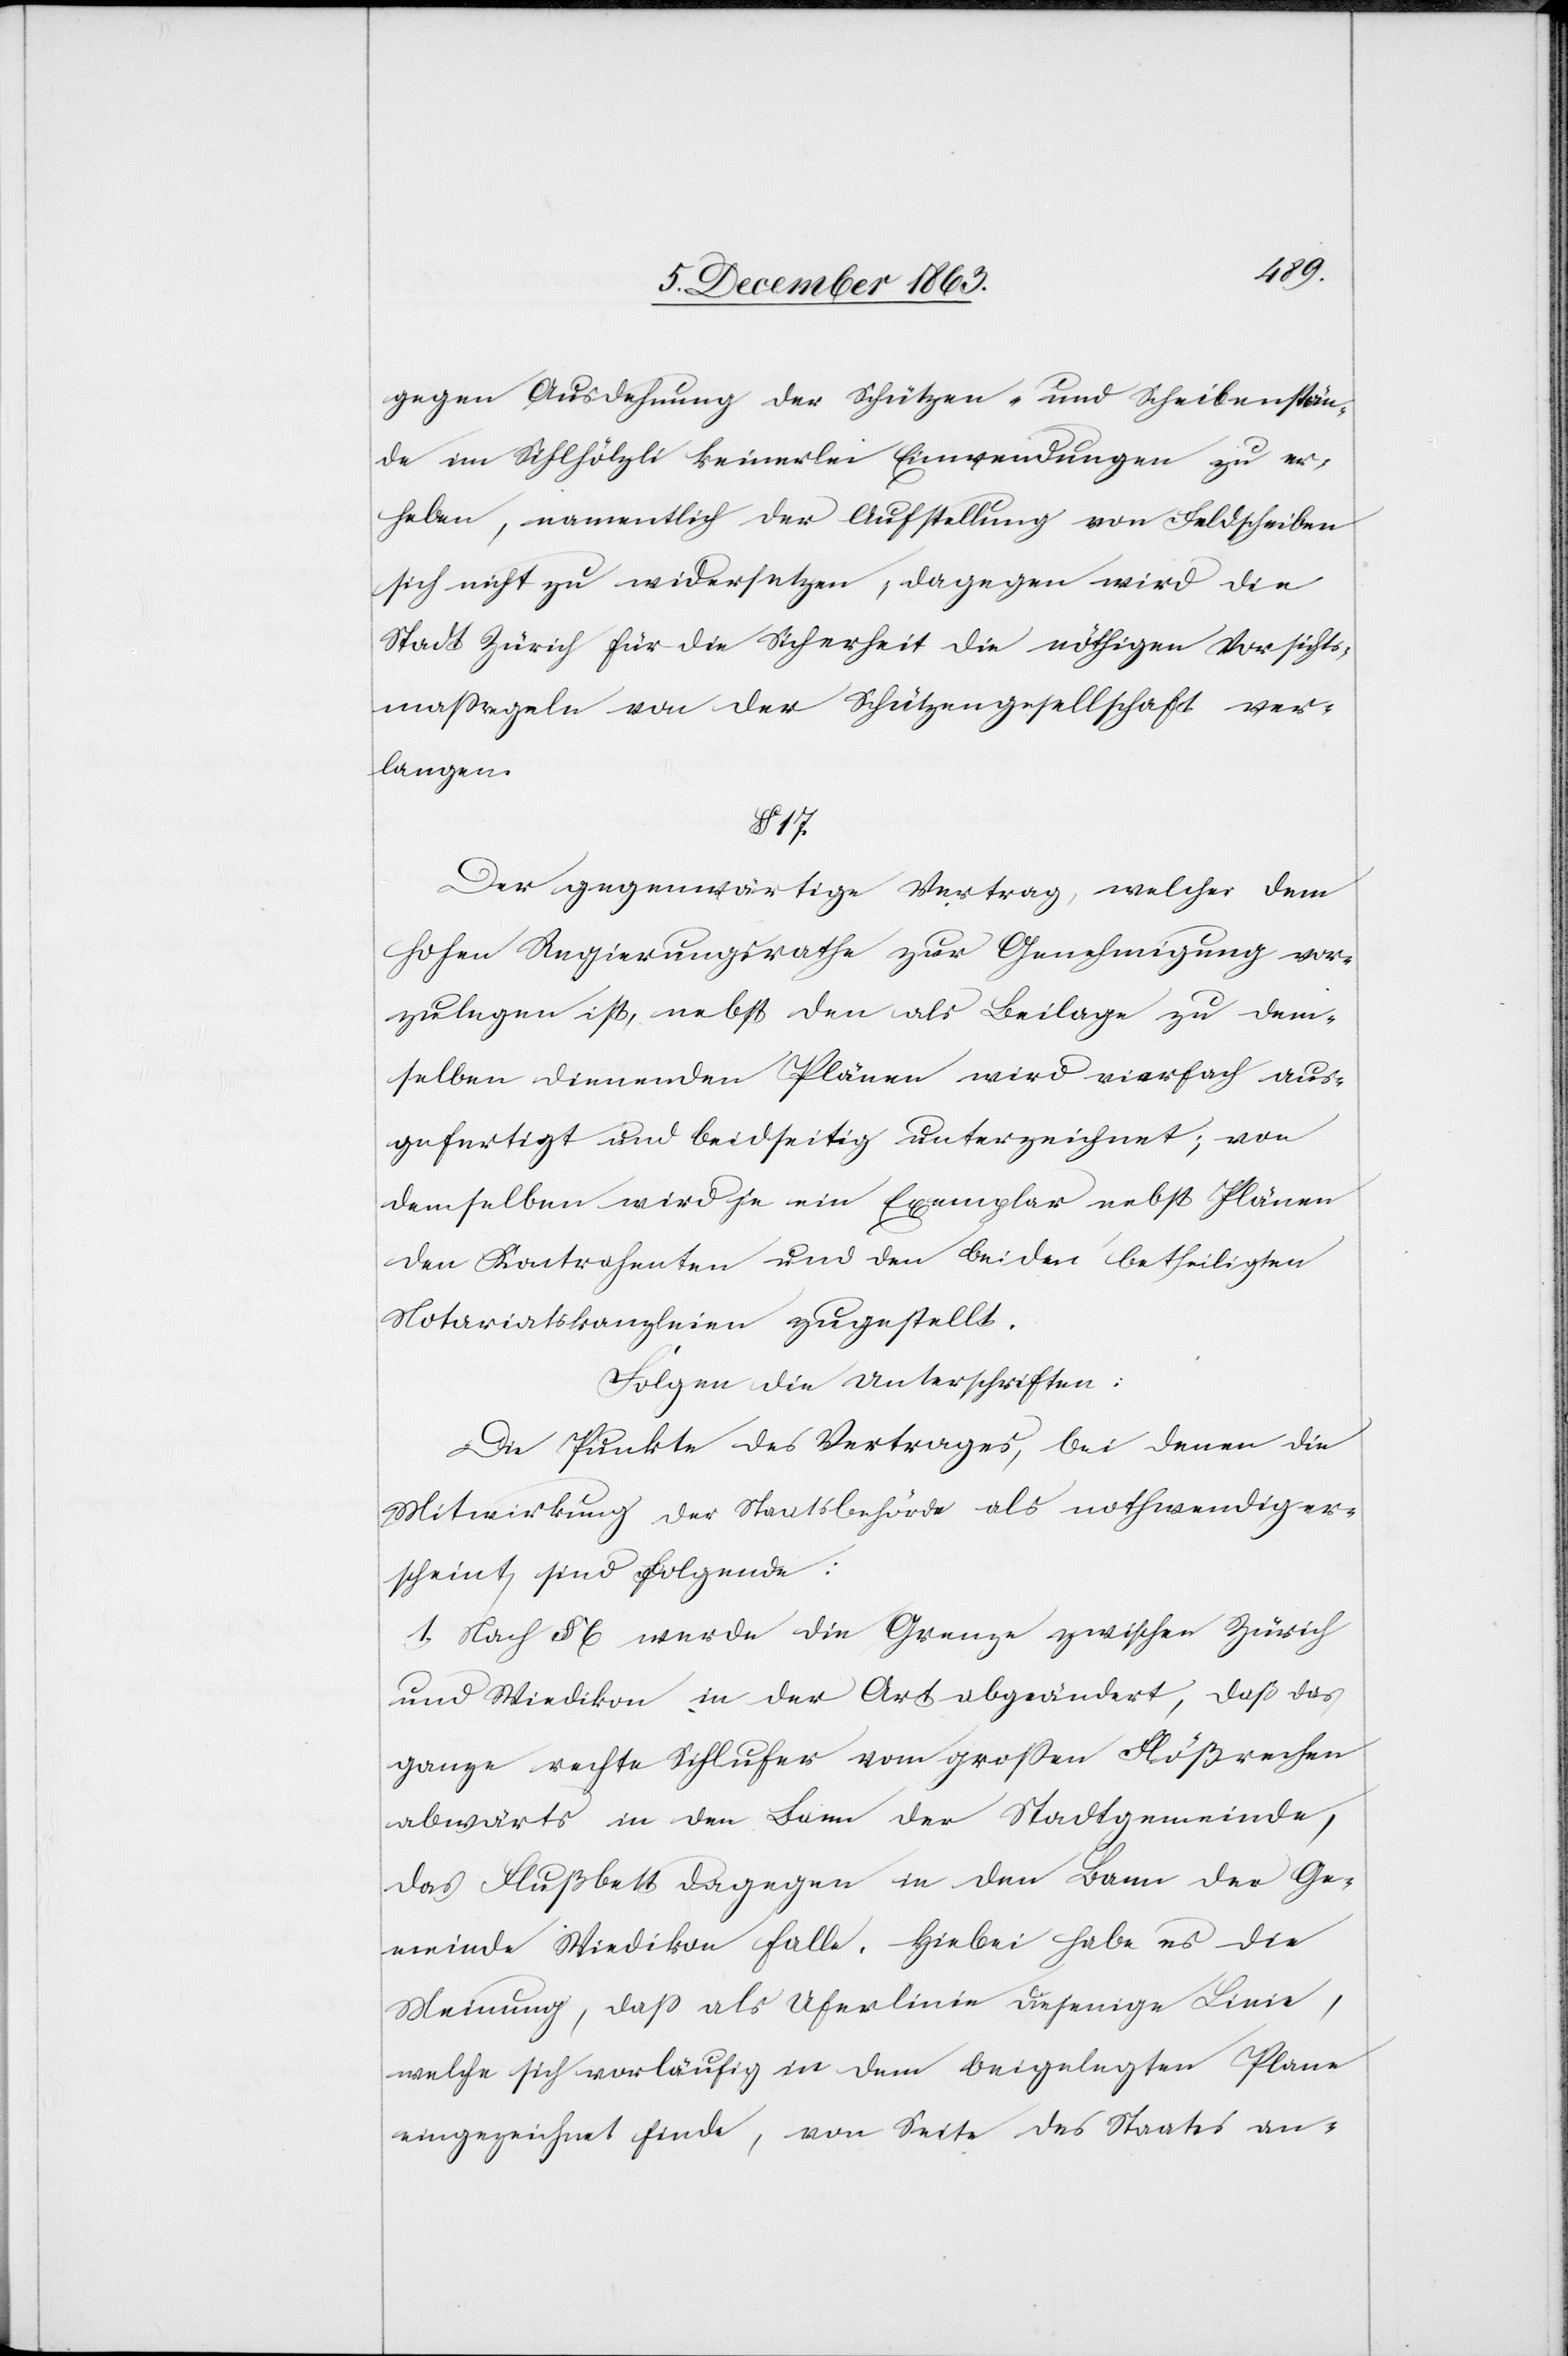
gegen Ausdehnung der Schützen- und Scheibenstän¬
de im Sihlhölzli keinerlei Einwendungen zu er¬
heben, namentlich der Aufstellung von Feldscheiben
sich nicht zu widersetzen; dagegen wird die
Stadt Zürich für die Sicherheit die nöthigen Vorsichts¬
massregeln von der Schützengesellschaft ver¬
langen.
§ 17.
Der gegenwärtige Vertrag, welcher dem
hohen Regierungsrathe zur Genehmigung vor¬
zulegen ist, nebst den als Beilage zu dem¬
selben dienenden Plänen wird vierfach aus¬
gefertigt und beidseitig unterzeichnet; von
demselben wird je ein Exemplar nebst Plänen
den Kontrahenten und den beiden betheiligten
Notariatskanzleien zugestellt.
Folgen die Unterschriften:
Die Punkte des Vertrages, bei denen die
Mitwirkung der Staatsbehörde als nothwendig er¬
scheint, sind folgende:
1.) Nach § 6 werde die Grenze zwischen Zürich
und Wiedikon in der Art abgeändert, daß das
ganze rechte Sihlufer vom grossen Flößrechen
abwärts in den Bann der Stadtgemeinde,
das Flußbett dagegen in den Bann der Ge¬
meinde Wiedikon falle. Hiebei habe es die
Meinung, dass als Uferlinie diejenige Linie,
welche sich vorläufig in dem beigelegten Plane
eingezeichnet finde, von Seite des Staates an-